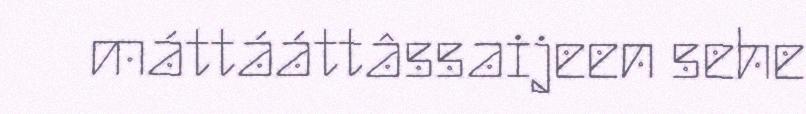
máttááttâssaijeen sehe